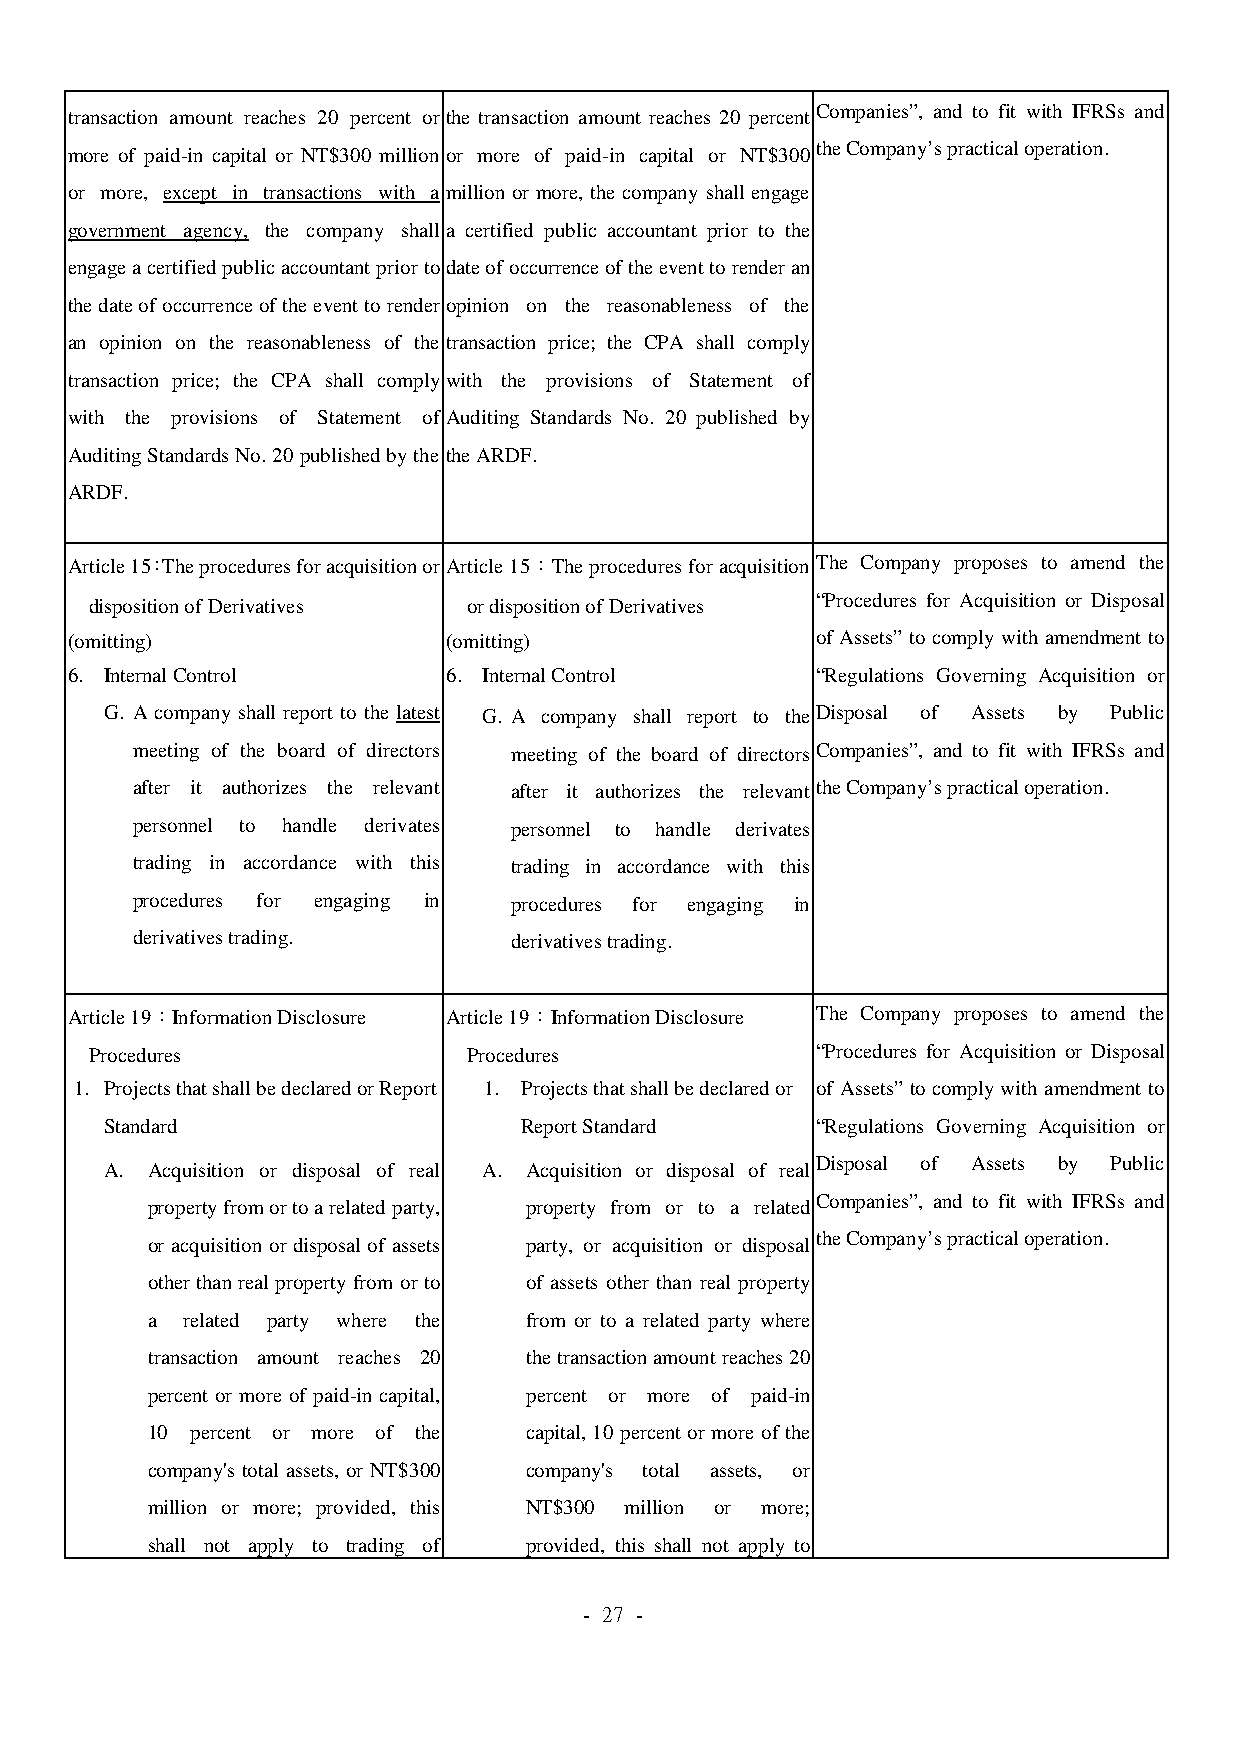
Companies”, and to fit with IFRSs and
 transaction amount reaches 20 percent or the transaction amount reaches 20 percent
 the Company’s practical operation.
 more of paid-in capital or NT$300 million or more of paid-in capital or NT$300
 or more, except in transactions with a million or more, the company shall engage
 government agency, the company shall a certified public accountant prior to the
 engage a certified public accountant prior to date of occurrence of the event to render an
 the date of occurrence of the event to render opinion on the reasonableness of the
 an opinion on the reasonableness of the transaction price; the CPA shall comply
 transaction price; the CPA shall comply with the provisions of Statement of
 with the provisions of Statement of Auditing Standards No. 20 published by
 Auditing Standards No. 20 published by the the ARDF.
 ARDF.
 Article 15：The procedures for acquisition or Article 15：The procedures for acquisition The Company proposes to amend the
 disposition of Derivatives or disposition of Derivatives
 “Procedures for Acquisition or Disposal
 (omitting)                (omitting)              of Assets” to comply with amendment to
 6. Internal Control       6. Internal Control     “Regulations Governing Acquisition or
 G. A company shall report to the latest G. A company shall report to the Disposal of Assets by Public
 meeting of the board of directors meeting of the board of directors Companies”, and to fit with IFRSs and
 after it authorizes the relevant after it authorizes the relevant the Company’s practical operation.
 personnel to handle derivates personnel to handle derivates
 trading in accordance with this trading in accordance with this
 procedures for engaging in procedures for engaging in
 derivatives trading.     derivatives trading.
 Article 19：Information Disclosure Article 19：Information Disclosure The Company proposes to amend the
 Procedures               Procedures             “Procedures for Acquisition or Disposal
 1. Projects that shall be declared or Report 1. Projects that shall be declared or of Assets” to comply with amendment to
 Standard                   Report Standard     “Regulations Governing Acquisition or
 A. Acquisition or disposal of real A. Acquisition or disposal of real
 Disposal of Assets by Public
 Companies”, and to fit with IFRSs and
 property from or to a related party, property from or to a related
 the Company’s practical operation.
 or acquisition or disposal of assets party, or acquisition or disposal
 other than real property from or to of assets other than real property
 a related party where the from or to a related party where
 transaction amount reaches 20 the transaction amount reaches 20
 percent or more of paid-in capital, percent or more of paid-in
 10 percent or more of the capital, 10 percent or more of the
 company's total assets, or NT$300 company's total assets, or
 million or more; provided, this NT$300 million or more;
 shall not apply to trading of provided, this shall not apply to
 - 27 -